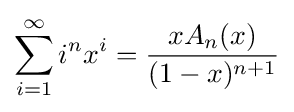
\sum _{i=1}^{\infty }i^{n}x^{i}={\frac {xA_{n}(x)}{(1-x)^{n+1}}}